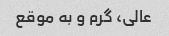
عالی، گرم و به موقع